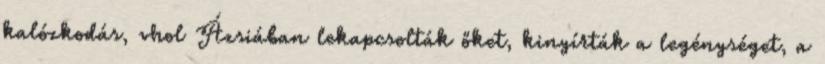
kalózkodás, vhol Ázsiában lekapcsolták őket, kinyírták a legénységet, a